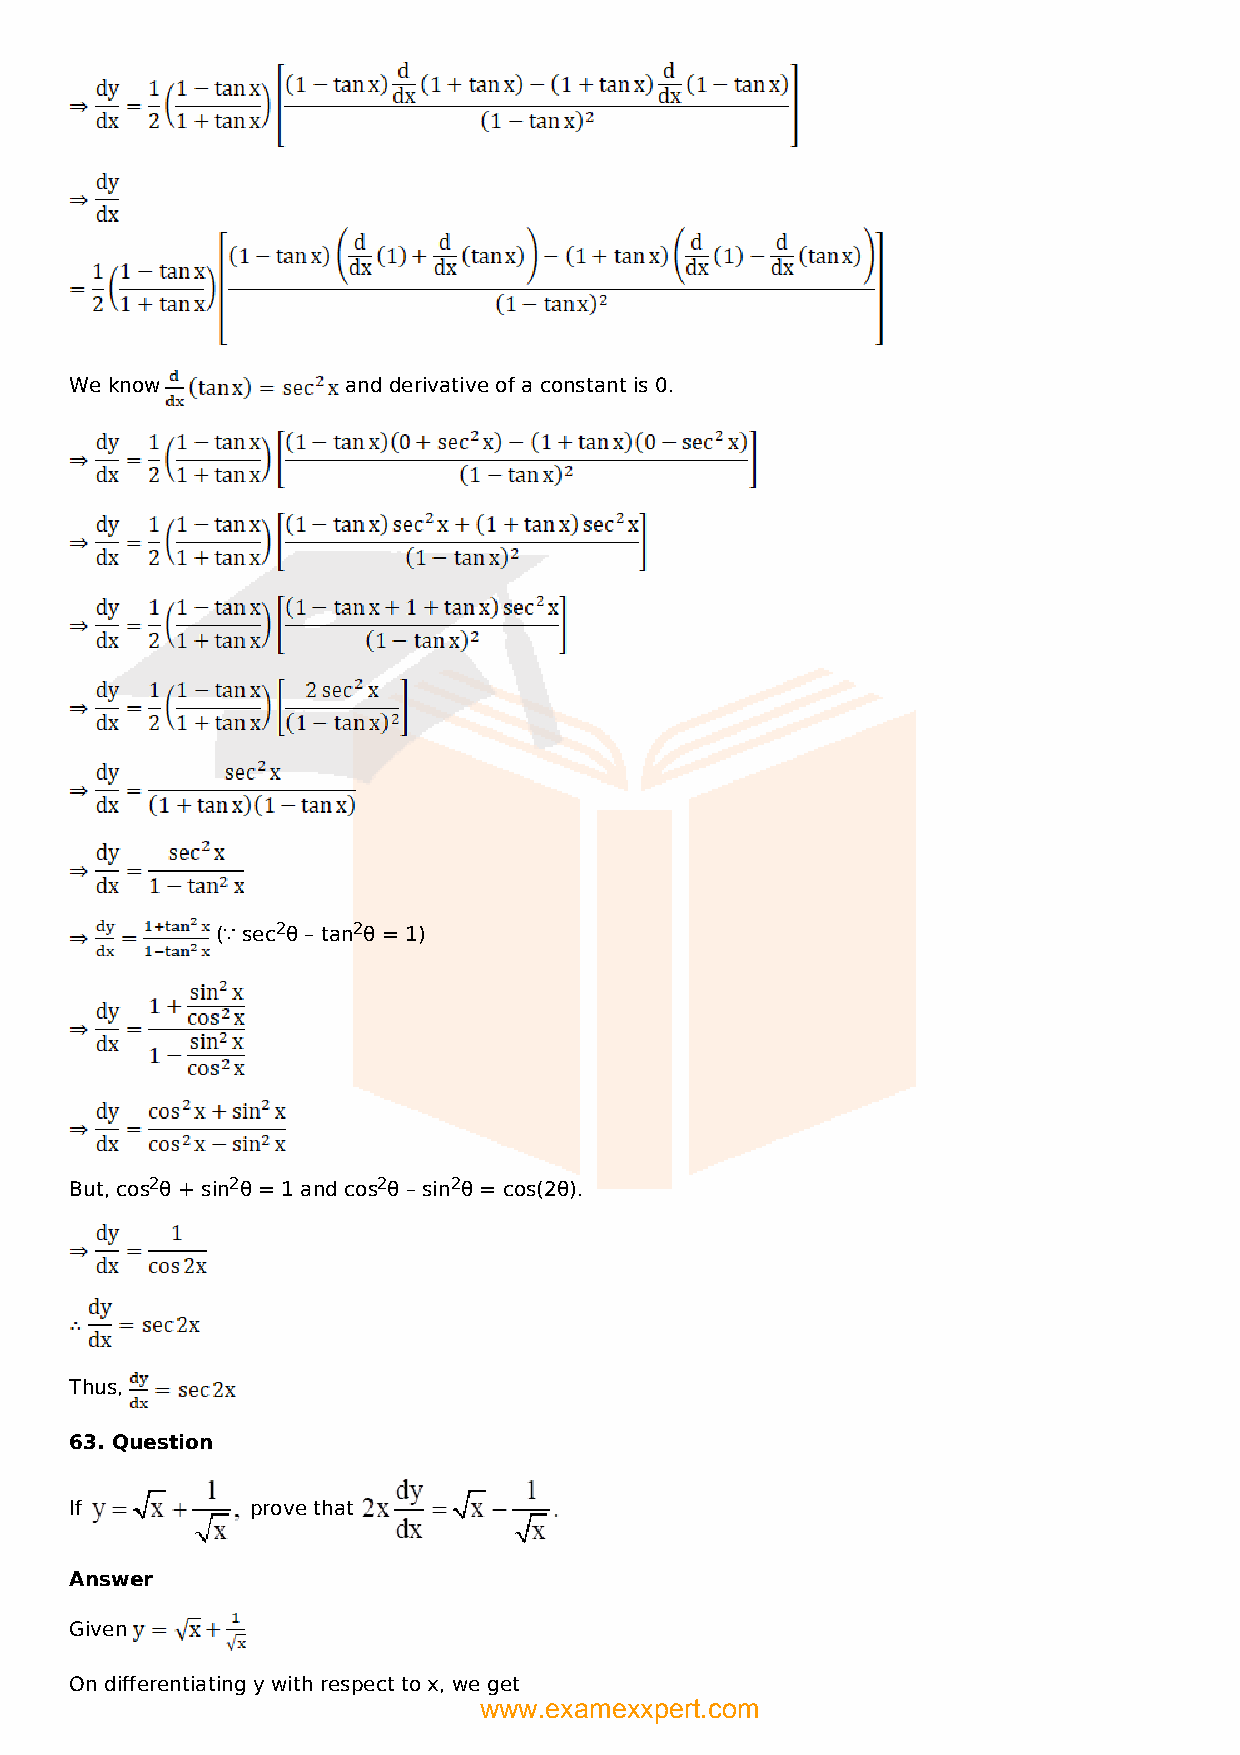
We know           and derivative of a constant is 0.
 (∵ sec2θ – tan2θ = 1)
 But, cos2θ + sin2θ = 1 and cos2θ – sin2θ = cos(2θ).
 Thus,
 63. Question
 If          prove that
 Answer
 Given
 On differentiating y with respect to x, we get
 www.examexxpert.com